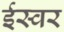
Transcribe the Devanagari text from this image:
ईस्वर